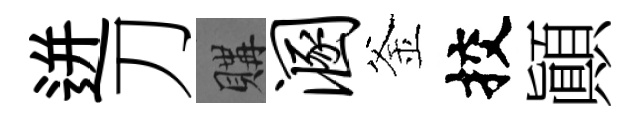
迸刀購溷釜挍顚